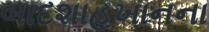
બાદશાહખાનના